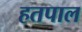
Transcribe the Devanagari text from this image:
हतपाल